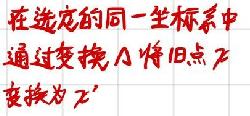
在选定的同一坐标系中
通过变换 \( \Lambda \) 将旧点 \( P \)
变换为 \( P' \)